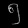
Digit: ၅